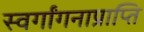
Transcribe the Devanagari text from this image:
स्वर्गांगनाप्राप्ति